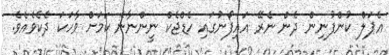
އެޕަލް ކުންފުނިން ދެން ނެރޭ އައިފޯނުގައި ހެޑްޖެކް ނީންނާނެ ކަމަށް ވާހަކަ ދެކެވެއެވެ.